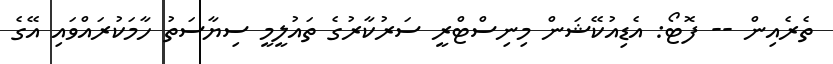
ތެރެއިން -- ފޮޓޯ: އެޑިއުކޭޝަން މިނިސްޓްރީ ސަރުކާރުގެ ތައުލީމީ ސިޔާސަތު ހާމަކުރައްވައި އޭގެ